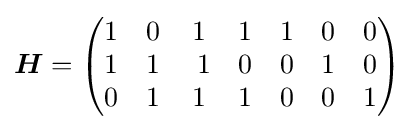
{\boldsymbol {H}}={\begin{pmatrix}1&0&1&1&1&0&0\\1&1&\ 1&0&0&1&0\\0&1&1&1&0&0&1\end{pmatrix}}